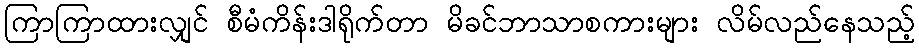
ကြာကြာထားလျှင် စီမံကိန်းဒါရိုက်တာ မိခင်ဘာသာစကားများ လိမ်လည်နေသည့်